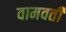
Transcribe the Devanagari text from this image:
वामवर्ती